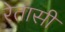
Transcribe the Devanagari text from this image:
रेतासी